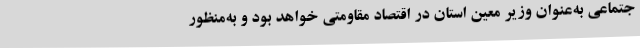
جتماعی به‌عنوان وزیر معین استان در اقتصاد مقاومتی خواهد بود و به‌منظور